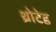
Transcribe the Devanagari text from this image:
थ्रोटेड